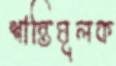
শান্তিমূলক